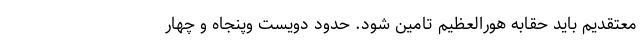
معتقدیم باید حقابه هورالعظیم تامین شود. حدود دویست و‌پنجاه و چهار